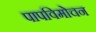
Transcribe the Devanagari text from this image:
पापविमोचन